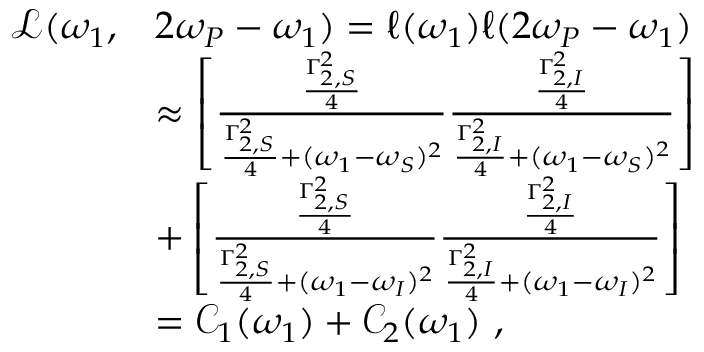
\begin{array} { r l } { \mathcal { L } ( \omega _ { 1 } , } & { 2 \omega _ { P } - \omega _ { 1 } ) = \ell ( \omega _ { 1 } ) \ell ( 2 \omega _ { P } - \omega _ { 1 } ) } \\ & { \approx \left[ \frac { \frac { \Gamma _ { 2 , S } ^ { 2 } } { 4 } } { \frac { \Gamma _ { 2 , S } ^ { 2 } } { 4 } + ( \omega _ { 1 } - \omega _ { S } ) ^ { 2 } } \frac { \frac { \Gamma _ { 2 , I } ^ { 2 } } { 4 } } { \frac { \Gamma _ { 2 , I } ^ { 2 } } { 4 } + ( \omega _ { 1 } - \omega _ { S } ) ^ { 2 } } \right] } \\ & { + \left[ \frac { \frac { \Gamma _ { 2 , S } ^ { 2 } } { 4 } } { \frac { \Gamma _ { 2 , S } ^ { 2 } } { 4 } + ( \omega _ { 1 } - \omega _ { I } ) ^ { 2 } } \frac { \frac { \Gamma _ { 2 , I } ^ { 2 } } { 4 } } { \frac { \Gamma _ { 2 , I } ^ { 2 } } { 4 } + ( \omega _ { 1 } - \omega _ { I } ) ^ { 2 } } \right] } \\ & { = \mathcal { C } _ { 1 } ( \omega _ { 1 } ) + \mathcal { C } _ { 2 } ( \omega _ { 1 } ) \ , } \end{array}